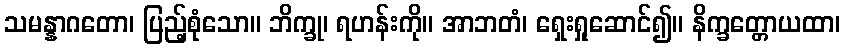
သမန္နာဂတော၊ ပြည့်စုံသော။ ဘိက္ခု၊ ရဟန်းကို။ အာဘတံ၊ ရှေးရှုဆောင်၍။ နိက္ခတ္တောယထာ၊